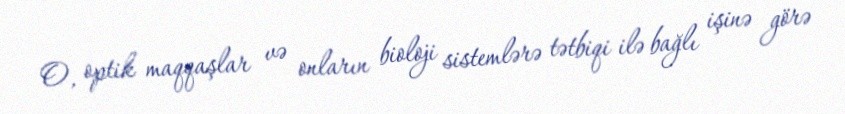
O, optik maqqaşlar və onların bioloji sistemlərə tətbiqi ilə bağlı işinə görə